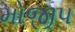
મોજીપ